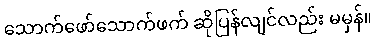
သောက်ဖော်သောက်ဖက် ဆိုပြန်လျင်လည်း မမှန်။